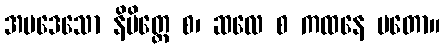
အပဒေသော နိမိတ္တေ စ၊ ဆလေ စ ကထနေ မတော။